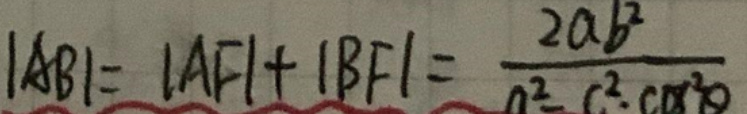
\(\vert AB\vert=\vert AF\vert+\vert BF\vert=\frac{2a^{2}}{a^{2}-c^{2}\cos^{2}\theta}\)